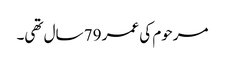
مرحوم کی عمر 79 سال تھی۔